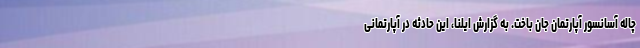
چاله آسانسور آپارتمان جان باخت. به گزارش ایلنا، این حادثه در آپارتمانی